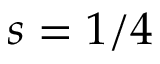
s = 1 / 4